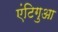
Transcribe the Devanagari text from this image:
एंटिगुआ